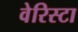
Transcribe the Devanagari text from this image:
वेरिस्टा